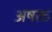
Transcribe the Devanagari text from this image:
अषक्त